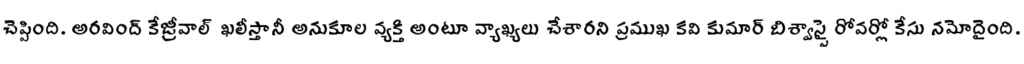
చెప్పింది. అరవింద్ కేజ్రీవాల్ ఖలీస్తానీ అనుకూల వ్యక్తి అంటూ వ్యాఖ్యలు చేశారని ప్రముఖ కవి కుమార్ బిశ్వాస్పై రోవర్లో కేసు నమోదైంది.